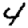
Digit: 4